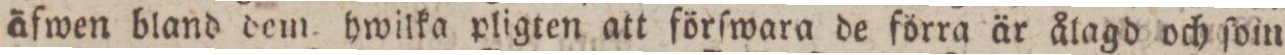
äfwen bland dem hwilka pligten att förſwara de förra är ålagd och ſom